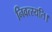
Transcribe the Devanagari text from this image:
निवत्स्यति।